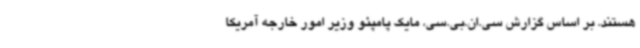
هستند. بر اساس گزارش سی.ان.بی.سی، مایک پامپئو وزیر امور خارجه آمریکا